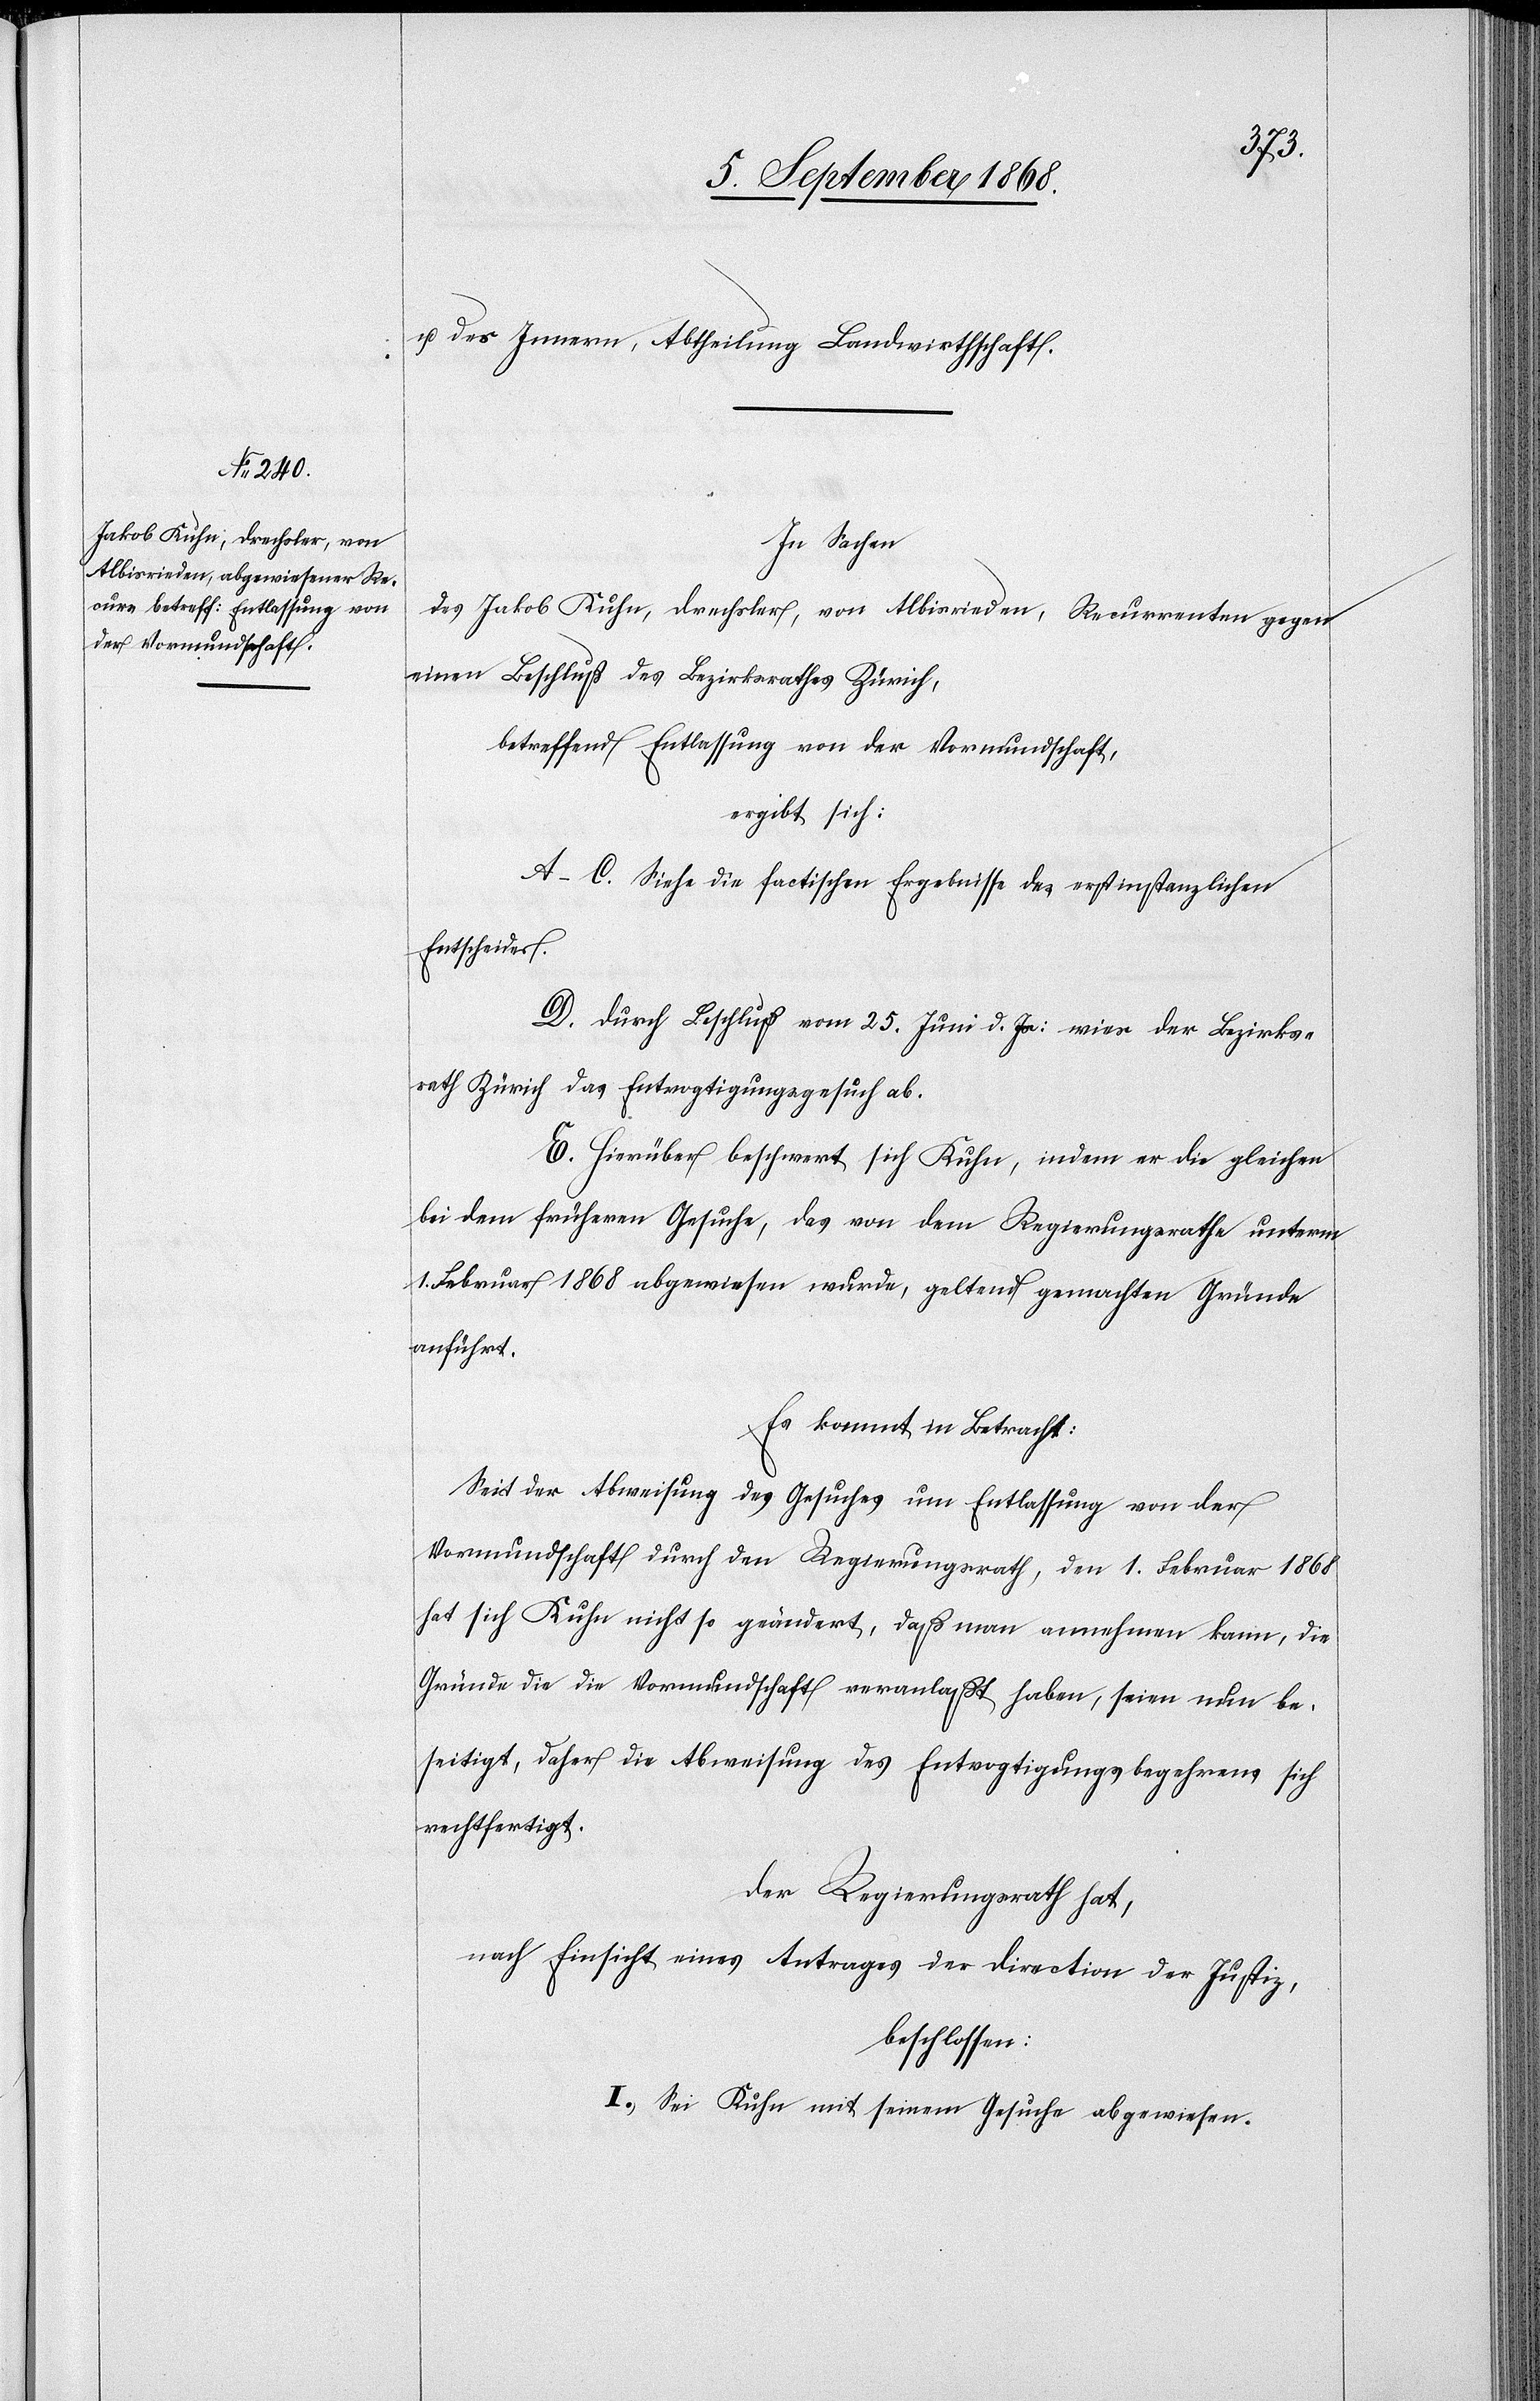
u. des Innern, Abtheilung Landwirthschaft.
In Sachen
des Jakob Kuhn, Drechsler, von Albisrieden, Recurrenten gegen
einen Beschluß des Bezirksrathes Zürich,
betreffend Entlassung von der Vormundschaft,
ergibt sich:
A–C. Siehe die factischen Ergebnisse des erstinstanzlichen
Entscheides.
D. Durch Beschluß vom 25. Juni d. Js: wies der Bezirks¬
rath Zürich das Entvogtigungsgesuch ab.
E. Hierüber beschwert sich Kuhn, indem er die gleichen
bei dem früheren Gesuche, das von dem Regierungsrathe unterm
1. Februar 1868 abgewiesen wurde, geltend gemachten Gründe
anführt.
Es kommt in Betracht:
Seit der Abweisung des Gesuches um Entlassung von der
Vormundschaft durch den Regierungsrath, den 1. Februar 1868
hat sich Kuhn nicht so geändert, daß man annehmen kann, die
Gründe die die Vormundschaft veranlaßt haben, seien nun be¬
seitigt, daher die Abweisung des Entvogtigungsbegehrens sich
rechtfertigt.
Der Regierungsrath hat,
nach Einsicht eines Antrages der Direction der Justiz,
beschlossen:
I. Sei Kuhn mit seinem Gesuche abgewiesen.